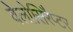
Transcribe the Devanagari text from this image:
वेलोसिरैप्टर